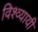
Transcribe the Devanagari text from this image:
विश्व्यायी